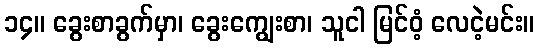
၁၄။ ခွေးစာခွက်မှာ၊ ခွေးကျွေးစာ၊ သူငါ မြင်ဝံ့ လေငဲ့မင်း။